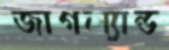
জাগল্যান্ড